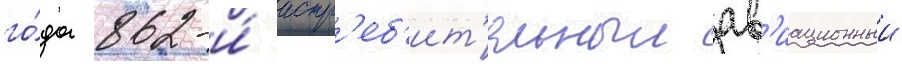
го́да 862-и́ истр'еб'ит'ельныи ав'иационныи